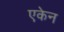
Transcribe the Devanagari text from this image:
एकेन